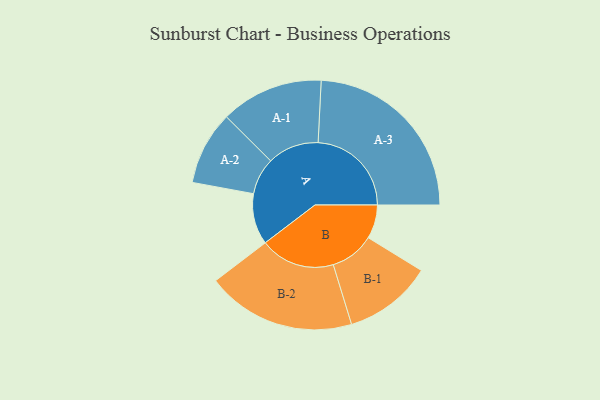
{"axis": {"x": "Segment", "y": "Value"}, "legend": ["", "A", "B"], "data": [{"x": "A", "y": 151, "type": ""}, {"x": "B", "y": 100, "type": ""}, {"x": "A-1", "y": 152, "type": "A"}, {"x": "A-2", "y": 109, "type": "A"}, {"x": "A-3", "y": 276, "type": "A"}, {"x": "B-1", "y": 131, "type": "B"}, {"x": "B-2", "y": 221, "type": "B"}]}